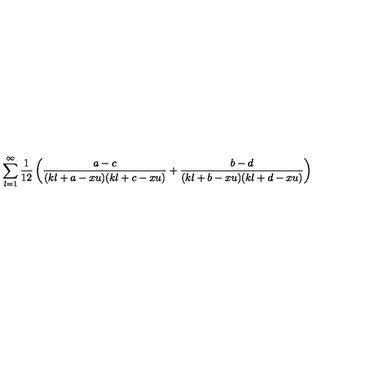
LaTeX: \sum _ { l = 1 } ^ { \infty } \frac { 1 } { 1 2 } \left( \frac { a - c } { ( k l + a - x u ) ( k l + c - x u ) } + \frac { b - d } { ( k l + b - x u ) ( k l + d - x u ) } \right)